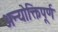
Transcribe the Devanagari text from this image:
अन्योक्तिपूर्ण